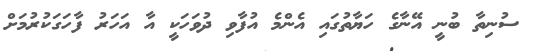
ސުނިތާ ބުނީ އޭނާގެ ހަޔާތުގައި އެންމެ އުފާވި ދުވަހަކީ އާ އަހަރު ފާހަގަކުރުމަށް